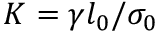
K = \gamma l _ { 0 } / \sigma _ { 0 }